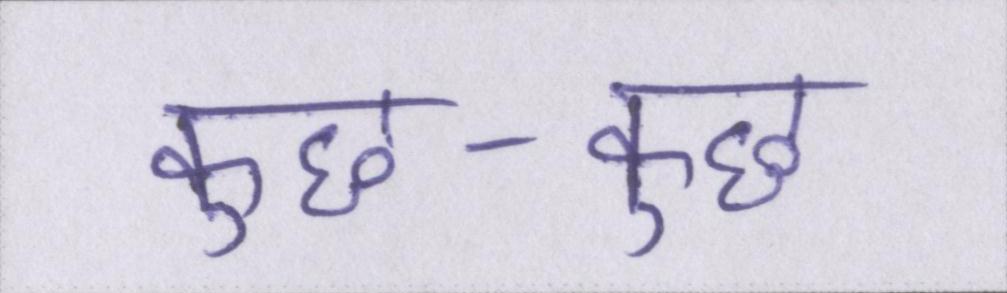
कुछ-कुछ